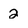
Character: 2